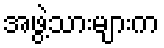
အဖွဲ့သားများက